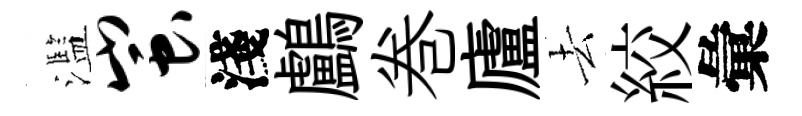
濫蚩淺鸕巻廬去絞彙